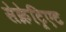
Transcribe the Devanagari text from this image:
सेक्रेट्रिएट